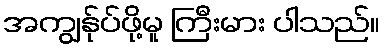
အကျွန်ုပ်ဖို့မူ ကြီးမား ပါသည်။